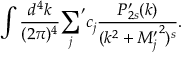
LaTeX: \int { \frac { d ^ { 4 } k } { ( 2 \pi ) ^ { 4 } } } { \sum _ { j } } ^ { \prime } c _ { j } { \frac { P _ { 2 s } ^ { \prime } ( k ) } { ( k ^ { 2 } + { M _ { j } ^ { \prime } } ^ { 2 } ) ^ { s } } } .